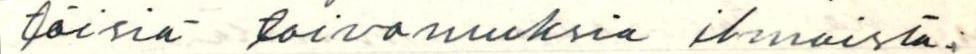
töisiä toivomuksia ilmaista: